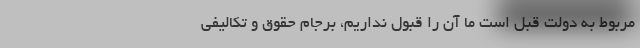
مربوط به دولت قبل است ‌ما آن را قبول نداریم، برجام حقوق و تکالیفی